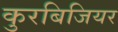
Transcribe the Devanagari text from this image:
कुरबिजियर